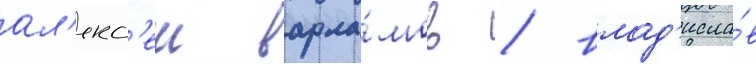
ал'екс'еи варла́мов / влад'исла́в